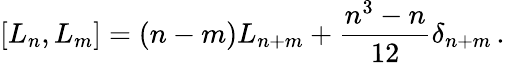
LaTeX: [L_{n},L_{m}]=(n-m)L_{n+m}+\frac{n^{3}-n}{12}\delta_{n+m}\, .